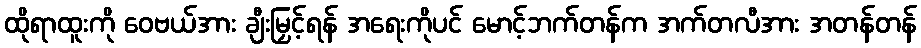
ထိုရာထူးကို ဝေဗယ်အား ချီးမြှင့်ရန် အရေးကိုပင် မောင့်ဘက်တန်က အက်တလီအား အတန်တန်